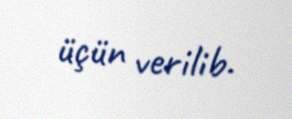
üçün verilib.